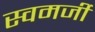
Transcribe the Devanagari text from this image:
स्वमर्जी